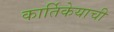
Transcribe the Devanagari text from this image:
कार्तिकेयाची